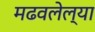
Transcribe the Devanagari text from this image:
मढवलेल्या